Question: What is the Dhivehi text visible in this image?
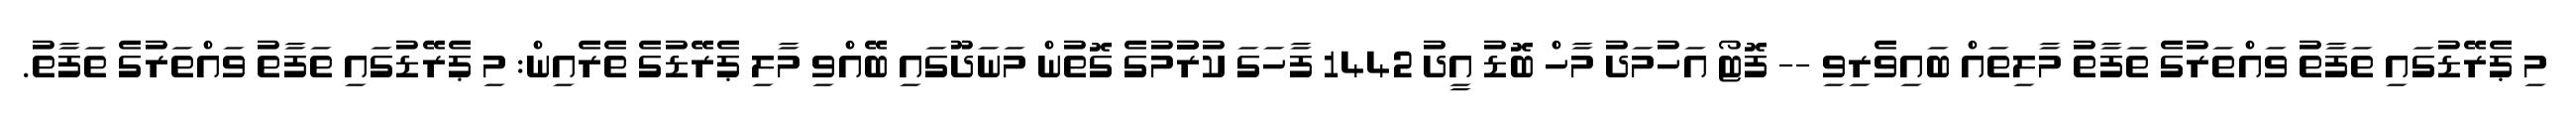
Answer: މި ޕެރޭޑުގައި ތަފާތު ވައްތަރުގެ ތަފާތު މާލިތައް ބައިވެރިވި -- ފޮޓޯ އަހުމަދު މާހް ބޮޑު އީދު 1442 ފާހަގަ ކުރުުމުގެ ގޮތުން މަނަދޫގައި ބޭއްވި މާލި ޕެރޭޑުގެ ތެރެއިން: މި ޕެރޭޑުގައި ތަފާތު ވައްތަރުގެ ތަފާތު.